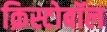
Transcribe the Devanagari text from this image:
क्रिस्टोबॉल